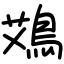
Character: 鴱